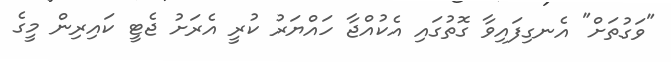
"ވަގުތަށް" އެނގިފައިވާ ގޮތުގައި އެކުއްޖާ ހައްޔަރު ކުރީ އެރަށު ޖެޓީ ކައިރިން މީގެ